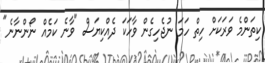
ކިތަންމެ ވަރަކަށް ހިތް ހަމަ ނުޖެހިގެން ވާހަކަ ދެއްކިޔަސް "ވާނެ ކަމެއް ނޯންނާނެ"